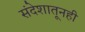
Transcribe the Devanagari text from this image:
संदेशातूनही